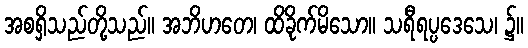
အစရှိသည်တို့သည်။ အဘိဟတေ၊ ထိခိုက်မိသော။ သရီရပ္ပဒေသေ၊ ၌။